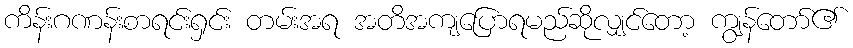
ကိန်းဂဏန်းစာရင်းရှင်း တမ်းအရ အတိအကျပြောရမည်ဆိုလျှင်တော့ ကျွန်တော်၏